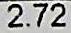
2.72